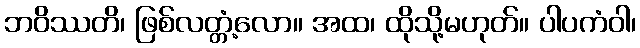
ဘဝိဿတိ၊ ဖြစ်လတ္တံ့လော။ အထ၊ ထိုသို့မဟုတ်။ ပါပကံဝါ၊